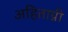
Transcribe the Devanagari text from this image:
अहिताग्नी